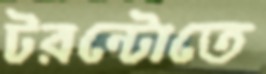
টরন্টোতে